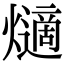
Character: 𤑦